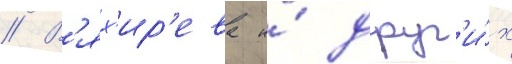
// В'ях'ир'ева и́ друг'и́х